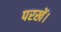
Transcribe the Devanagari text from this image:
परखें।